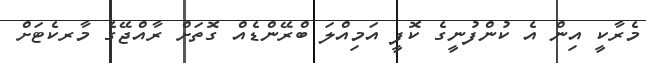
މެރާކީ އިން އެ ކުންފުނީގެ ކޮފީ އަމިއްލަ ބްރޭންޑެއް ގޮތަށް ރާއްޖޭގެ މާރކެޓަށް